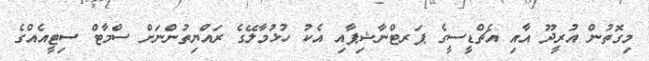
މިގޮތުން އުރީދޫ އާއި އެޗްޑީސީގެ ޕަރޓްނާޝިޕާއި އެކު ހުޅުމާލޭގެ ރައްޔިތުންނަށް ސްމާޓް ސިޓީއެއްގެ